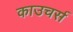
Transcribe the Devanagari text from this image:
काउचर्स